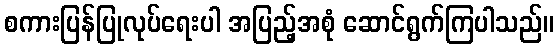
စကားပြန်ပြုလုပ်ရေးပါ အပြည့်အစုံ ဆောင်ရွက်ကြပါသည်။